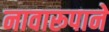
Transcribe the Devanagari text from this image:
नावारूपाने